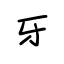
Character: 牙